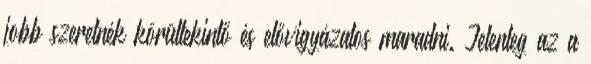
jobb szeretnék körültekintő és elővigyázatos maradni. Jelenleg az a